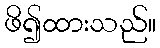
ဖိ၍ထားသည်။